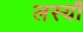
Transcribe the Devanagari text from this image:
लस्यौ